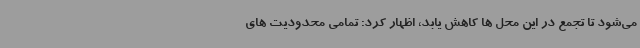
می‌شود تا تجمع در این محل ها کاهش یابد، اظهار کرد: تمامی محدودیت های